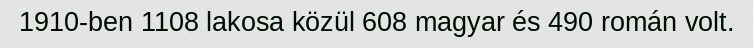
1910-ben 1108 lakosa közül 608 magyar és 490 román volt.